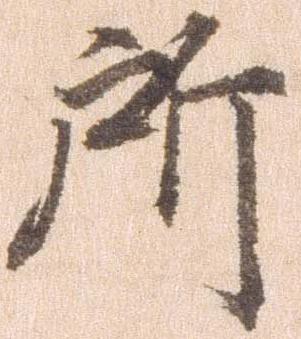
所